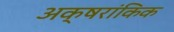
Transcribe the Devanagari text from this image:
अक्षरांकिक